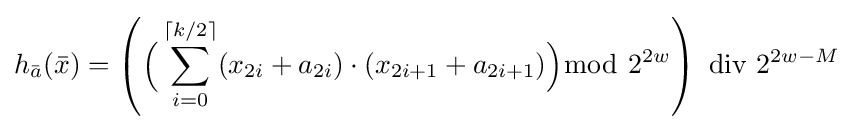
h_{\bar {a}}({\bar {x}})=\left({\Big (}\sum _{i=0}^{\lceil k/2\rceil }(x_{2i}+a_{2i})\cdot (x_{2i+1}+a_{2i+1}){\Big )}{\bmod {~}}2^{2w}\right)\,\,\mathrm {div} \,\,2^{2w-M}